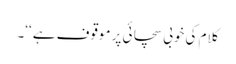
کلام کی خوبی سچائی پر موقوف ہے ‘‘۔